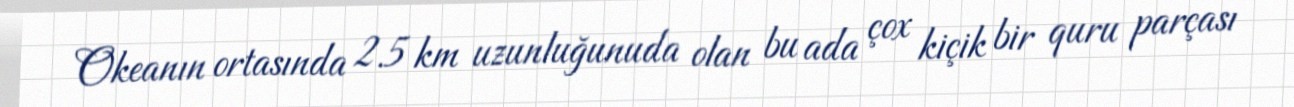
Okeanın ortasında 2.5 km uzunluğunuda olan bu ada çox kiçik bir quru parçası